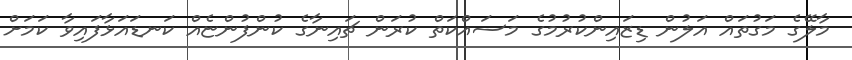
މާލޭގެ މަގުތައް އަލުން ޑިޒައިންކުރުމުގެ މަސައްކަތް ކުރަން ޗައިނާގެ ކުންފުންޏެއް ކަނޑައަޅާފައިވާ ކަމަށް